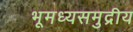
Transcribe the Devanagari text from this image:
भूमध्यसमुद्रीय